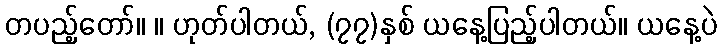
တပည့်တော်။ ။ ဟုတ်ပါတယ်, (၇၇)နှစ် ယနေ့ပြည့်ပါတယ်။ ယနေ့ပဲ